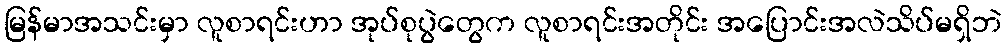
မြန်မာအသင်းမှာ လူစာရင်းဟာ အုပ်စုပွဲတွေက လူစာရင်းအတိုင်း အပြောင်းအလဲသိပ်မရှိဘဲ